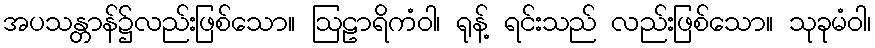
အပသန္တာန်၌လည်းဖြစ်သော။ ဩဠာရိကံဝါ၊ ရုန့် ရင်းသည် လည်းဖြစ်သော။ သုခုမံဝါ၊